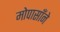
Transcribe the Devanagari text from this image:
मोपासाँने